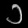
Digit: ၁